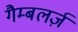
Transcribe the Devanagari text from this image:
गैम्बलर्ज़